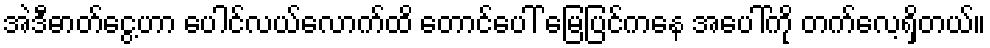
အဲဒီဓာတ်ငွေ့ဟာ ပေါင်လယ်လောက်ထိ တောင်ပေါ် မြေပြင်ကနေ အပေါ်ကို တက်လေ့ရှိတယ်။